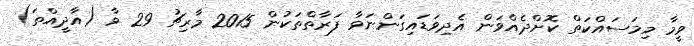
ވީމާ މިމަސައްކަތް ކޮށްދެއްވަން އެދިވަޑައިގަންނަވާ ފަރާތްތަކުން 2015 މާރިޗު 29 ވާ (އާދީއްތަ)